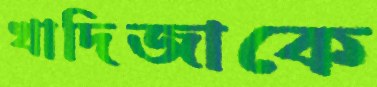
খাদিজাকে